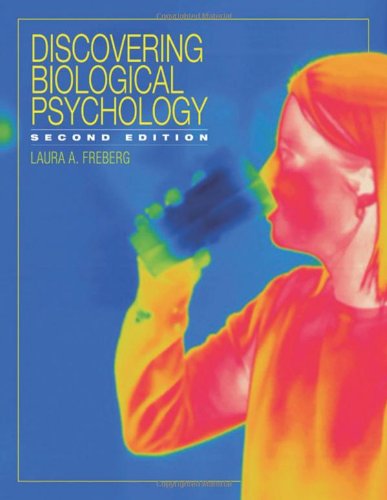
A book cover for Discovering Biological Psychology (PSY 381 Physiological Psychology); Laura Freberg; Medical Books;